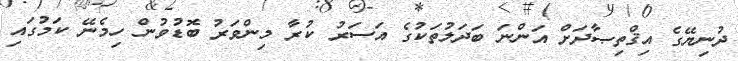
ދުނިޔޭގެ އިޤްތިޞާދަށް އަންނަ ބަދަލުތަކުގެ އަސަރު ކުރާ މިންވަރު ބޮޑުވުން ހިމެނޭ ކަމުގައި